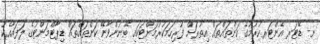
ށ- ޑޭޓަރ އެންޓަރކުރުމުގެ ކަންތައްތައް އިތުރަށް ފުރިހަމަކުރުމަށްޓަކައި ބޭނުންވާނޭ ކަންތައްތައް ޑިޕާޓްމަންޓުގެ ލަފައާއެކު